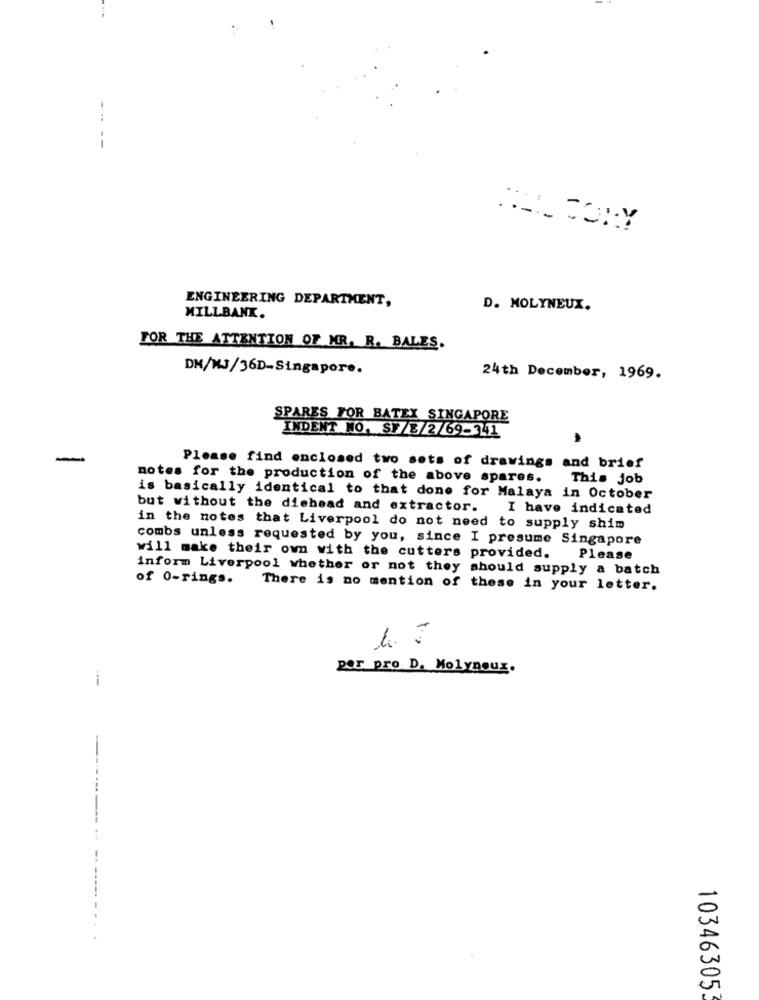
--
.....
...: --
ENGINEERING DEPARTMENT,
D. MOLYNEUX.
MILLBANK.
FOR THE ATTENTION OF MR. R. BALES.
DM/WJ/36D-Singapore.
24th December, 1969.
SPARES FOR BATEX SINGAPORE
INDENT NO. SF 8/2/69-341
Please find enclosed two sets of drawings and brief
notes for the production of the above spares.
This Job
is basically identical to that done for Malaya in October
but without the diehead and extractor.
I have indicated
in the notes that Liverpool do not need to supply shim
combs unless requested by you, since I presume Singapore
will make their own with the cutters provided.
Please
inform Liverpool whether or not they should supply a batch
of 0-rings.
There is no mention of these in your letter.
por pro D. Molyneux.
-
10346305